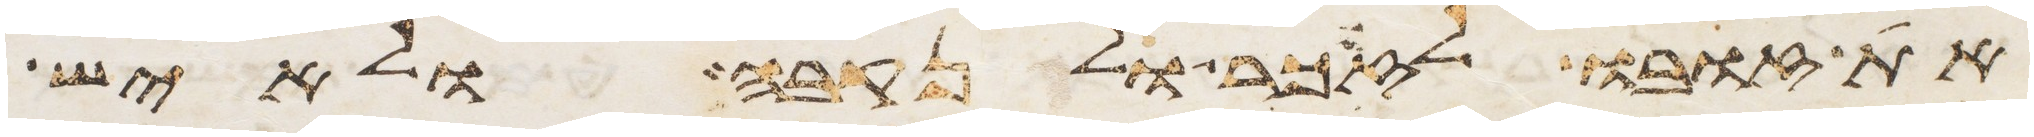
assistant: את זובו לזכר ולנקבה ולאיש